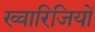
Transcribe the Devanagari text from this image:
ख्वारिजियों